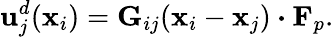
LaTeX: \mathbf{u}_{j}^{d}(\mathbf{x}_{i})=\mathbf{G}_{ij}(\mathbf{x}_{i}-\mathbf{x}_{j})\boldsymbol{\cdot}\mathbf{F}_{p}.